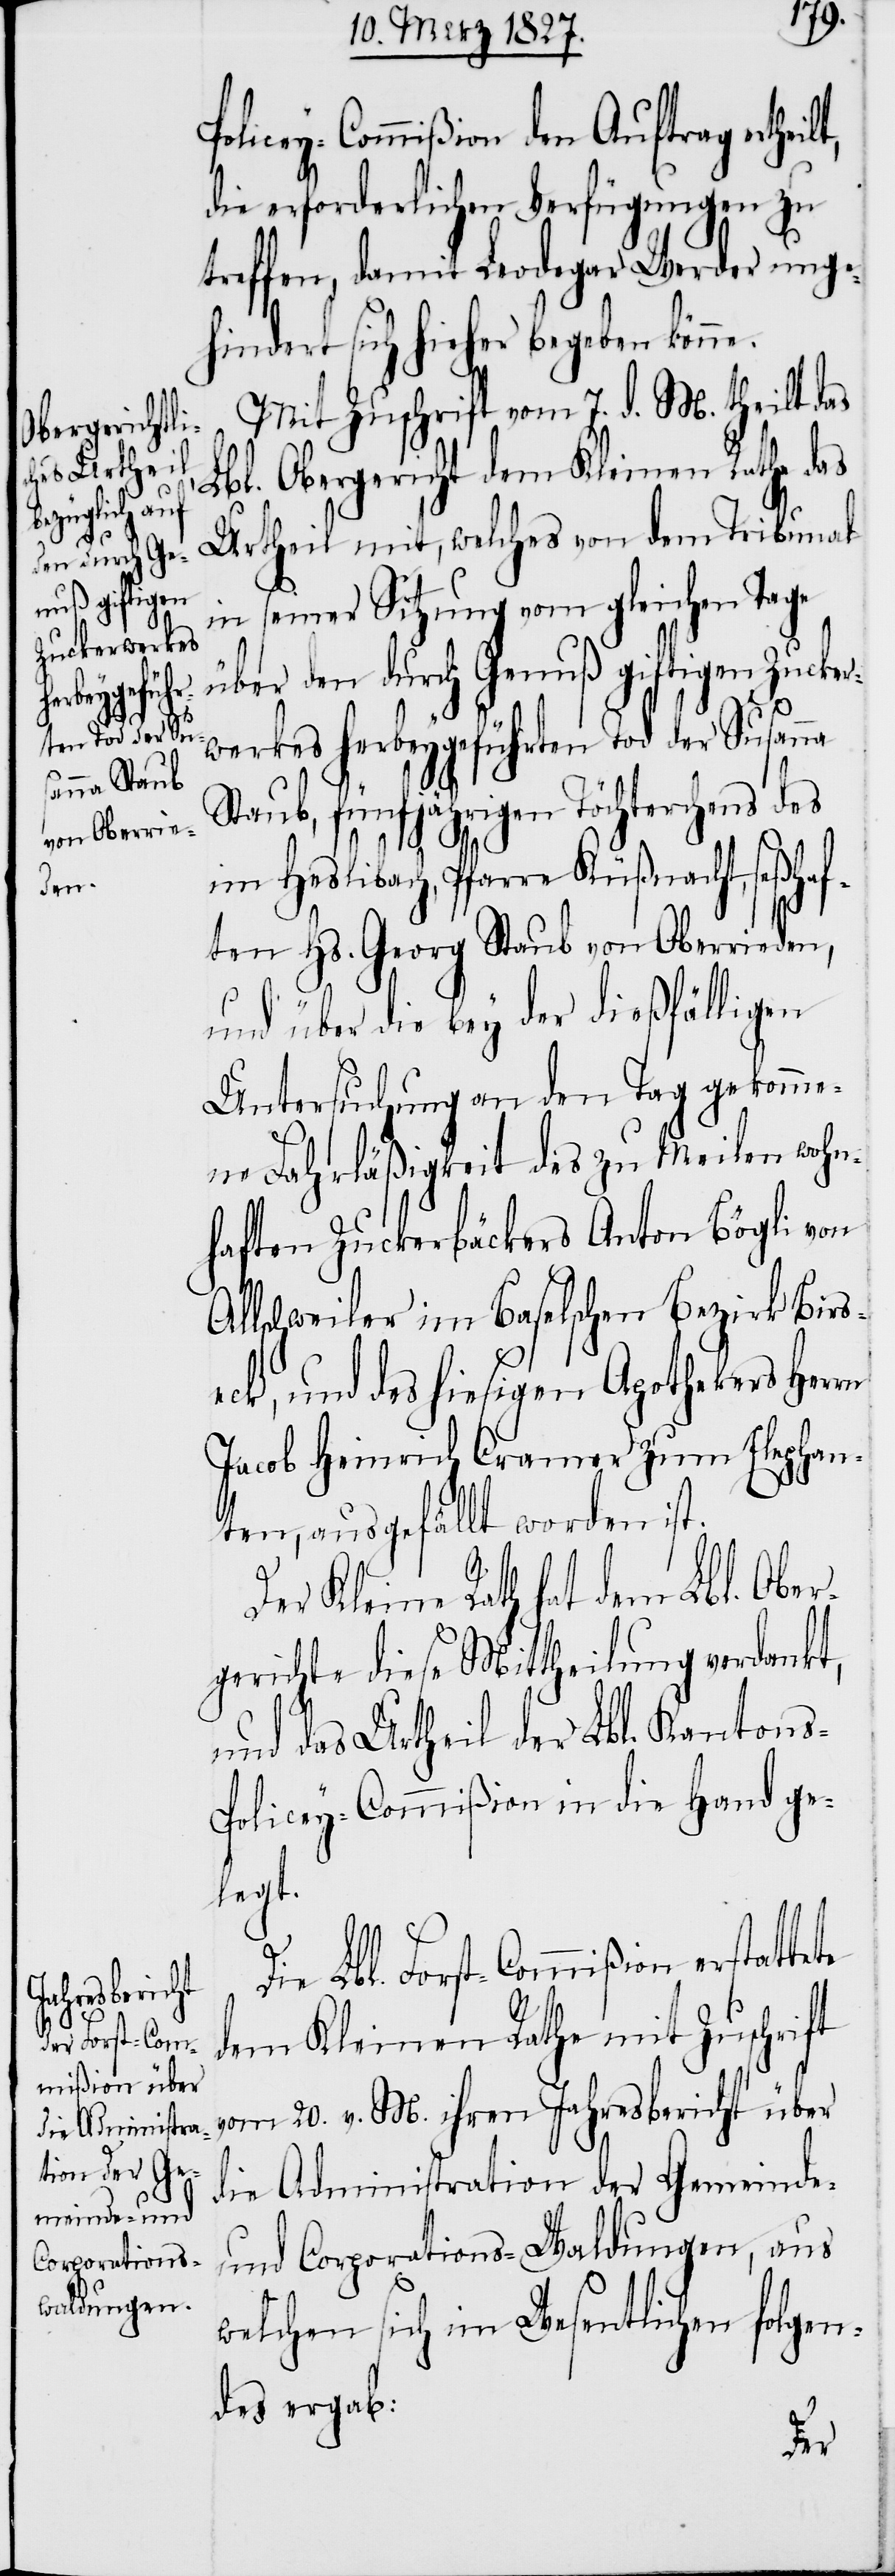
heilt,

Policey-Commißion den Auftrag ert¬
die erforderlichen Verfügungen zu
treffen, damit Leodegar Werder ungeh¬
indert sich hieher begeben könne.
Mit Zuschrift vom 7. d. M. theilt das
Lbl. Obergericht dem Kleinen Rathe das
Urtheil mit, welches von dem Tribunal
in seiner Sitzung vom gleichen Tage
über den durch Genuß giftigen Zucker¬
werkes herbeygeführten Tod der Susan¬
Staub, fünfjährigen Töchterchens des
tete
im Heslibach, Pfarre Küßnacht, seßha¬
ften Hs. Georg Staub von Oberrieden,
s-P¬
und über die bey der dießfälligen
Untersuchung an den Tag gekomme¬
ne Fahrläßigkeit des zu Meilen wohn¬
haften Zuckerbäckers Anton Bögli von
Allschweiler im Baselschen Bezirk Birs¬
eck, und des hiesigen Apothekers Herrn
Jacob Heinrich Cramer zum Elephan¬
ten, ausgefällt worden ist.
Der Kleine Rath hat dem Lbl. Ober¬
gerichte diese Mittheilung verdankt,
und das Urtheil der Lbl. Kanton¬
olicey-Commißion in die Hand ge¬
legt.
Die Lbl. Forst-Commißion erstat¬
dem Kleinen Rathe mit Zuschrift
vom 20. v. M. ihren Jahresbericht über
die Administration der Gemeinde-
und Corporations-Waldungen, aus
welchen sich im Wesentlichen folgen¬
des ergab: